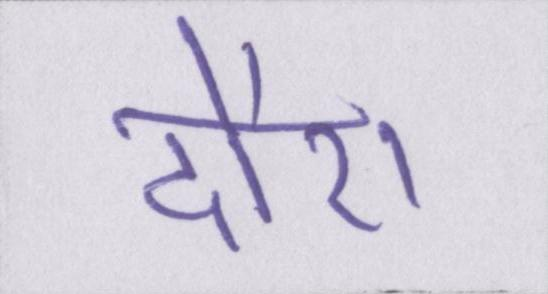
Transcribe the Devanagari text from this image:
दौरा